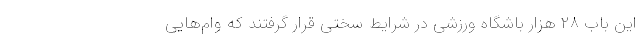
این باب ۲۸ هزار باشگاه ورزشی در شرایط سختی قرار گرفتند که وام‌هایی